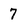
Character: 7